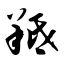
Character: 羝